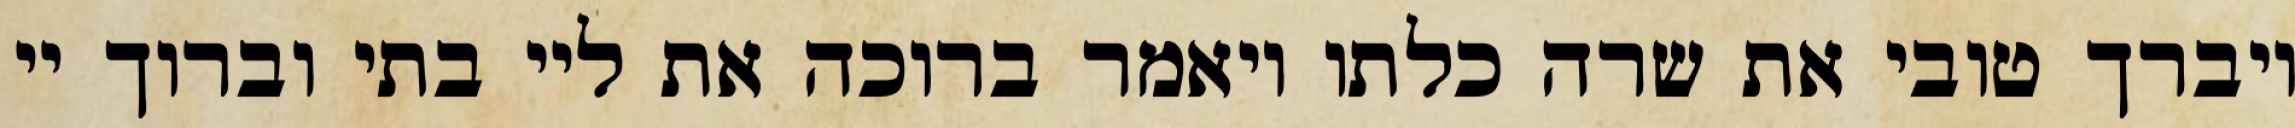
ויברך טובי את שרה כלתו ויאמר ברוכה את ליי בתי וברוך יי